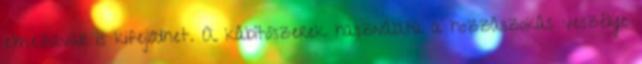
elmezavar is kifejlődhet. A kábítószerek használata a hozzászokás veszélye